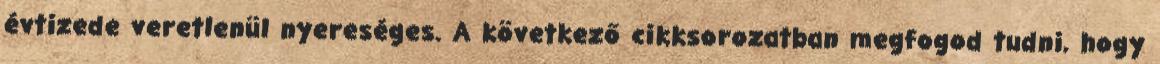
évtizede veretlenül nyereséges. A következő cikksorozatban megfogod tudni, hogy